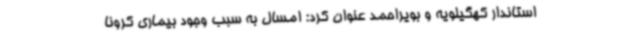
استاندار کهگیلویه و بویراحمد عنوان کرد: امسال به سبب وجود بیماری کرونا